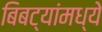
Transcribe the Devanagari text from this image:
बिबट्यांमध्ये